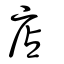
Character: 店